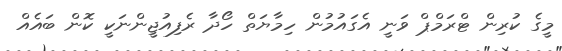
މީގެ ކުރިން ޓްރަމްޕް ވަނީ އެގައުމުން ހިމާޔަތް ހޯދާ ރެފިއުޖީންނަކީ ކޮން ބައެއް